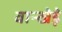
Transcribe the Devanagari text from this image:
वान्खेड़े